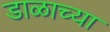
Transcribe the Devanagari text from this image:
डाळाच्या